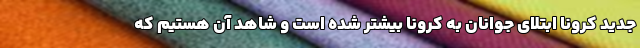
جدید کرونا ابتلای جوانان به کرونا بیشتر شده است و شاهد آن هستیم که